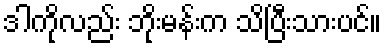
ဒါကိုလည်း ဘိုးမန်းက သိပြီးသားပင်။